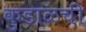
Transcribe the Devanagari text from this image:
कुडाळची